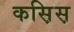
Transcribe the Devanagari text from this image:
कस़िस़